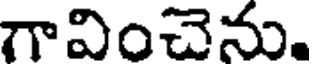
గావించెను.